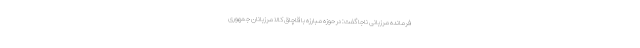
فرمانده مرزبانی ناجا گفت: در حوزه مبارزه با قاچاق کالا مرزبانان جمهوری